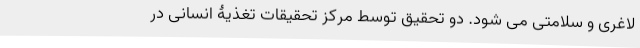
لاغری و سلامتی می شود. دو تحقیق توسط مرکز تحقیقات تغذیۀ انسانی در